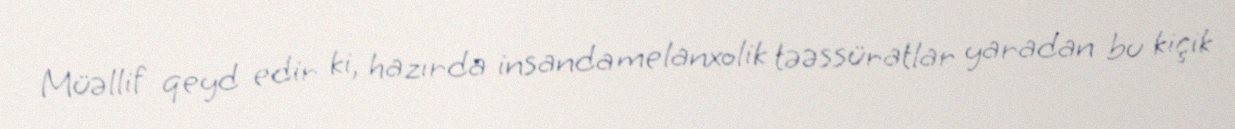
Müəllif qeyd edir ki, hazırda insanda melanxolik təəssüratlar yaradan bu kiçik